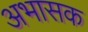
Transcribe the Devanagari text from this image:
अभासक